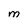
Character: M